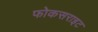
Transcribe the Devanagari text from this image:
फोकसराइट